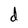
Character: d